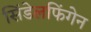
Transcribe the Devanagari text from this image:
सिंडेलफिंगेन